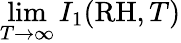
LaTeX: \operatorname*{lim}_{T\rightarrow\infty}I_{1}(\mathrm{RH},T)